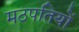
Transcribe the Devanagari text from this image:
मठपतियों